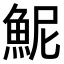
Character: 𫙖